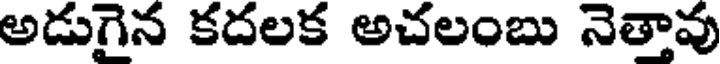
అడుగైన కదలక అచలంబు నెత్తావు